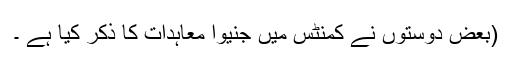
(بعض دوستوں نے کمنٹس میں جنیوا معاہدات کا ذکر کیا ہے ۔